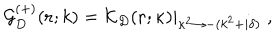
LaTeX: { \mathcal G } _ { { D } } ^ { ( + ) } ( { \bf r } ; k ) = \left. { \mathcal K } _ { { D } } ( { \bf r } ; \kappa ) \right| _ { \kappa ^ { 2 } \rightarrow - ( k ^ { 2 } + i \delta ) } \; ,